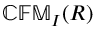
\mathbb { C F M } _ { I } ( R )